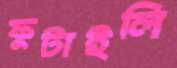
ফুটাইলি